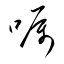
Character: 囑